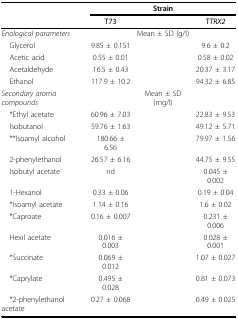
<table><thead><tr><td></td><td colspan="3"><b>Strain</b></td></tr><tr><td></td><td><b>T73</b></td><td></td><td><b>T<i>TRX2</i></b></td></tr></thead><tbody><tr><td><i>Enological parameters</i></td><td></td><td>Mean ± SD (g/l)</td><td></td></tr><tr><td> Glycerol</td><td>9.85 ± 0.151</td><td></td><td>9.6 ± 0.2</td></tr><tr><td> Acetic acid</td><td>0.55 ± 0.01</td><td></td><td>0.58 ± 0.02</td></tr><tr><td> Acetaldehyde</td><td>16.5 ± 0.43</td><td></td><td>20.37 ± 3.17</td></tr><tr><td> Ethanol</td><td>117.9 ± 10.2</td><td></td><td>94.32 ± 6.85</td></tr><tr><td><i>Secondary aroma compounds</i></td><td></td><td>Mean ± SD (mg/l)</td><td></td></tr><tr><td> *Ethyl acetate</td><td>60.96 ± 7.03</td><td></td><td>22.83 ± 9.53</td></tr><tr><td> Isobutanol</td><td>59.76 ± 1.63</td><td></td><td>49.12 ± 5.71</td></tr><tr><td> **Isoamyl alcohol</td><td>180.66 ± 6.56</td><td></td><td>79.97 ± 1.56</td></tr><tr><td> 2-phenylethanol</td><td>26.57 ± 6.16</td><td></td><td>44.75 ± 9.55</td></tr><tr><td> Isobutyl acetate</td><td>nd</td><td></td><td>0.045 ± 0.002</td></tr><tr><td> 1-Hexanol</td><td>0.33 ± 0.06</td><td></td><td>0.19 ± 0.04</td></tr><tr><td> *Isoamyl acetate</td><td>1.14 ± 0.16</td><td></td><td>1.6 ± 0.02</td></tr><tr><td> *Caproate</td><td>0.16 ± 0.007</td><td></td><td>0.231 ± 0.006</td></tr><tr><td> Hexil acetate</td><td>0.016 ± 0.003</td><td></td><td>0.028 ± 0.001</td></tr><tr><td> *Succinate</td><td>0.069 ± 0.012</td><td></td><td>1.07 ± 0.027</td></tr><tr><td> *Caprylate</td><td>0.495 ± 0.028</td><td></td><td>0.81 ± 0.073</td></tr><tr><td> *2-phenylethanol acetate</td><td>0.27 ± 0.068</td><td></td><td>0.49 ± 0.025</td></tr></tbody></table>